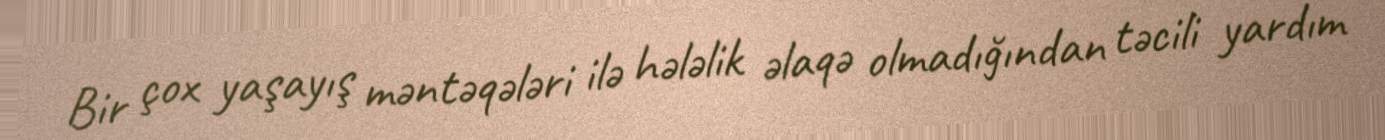
Bir çox yaşayış məntəqələri ilə hələlik əlaqə olmadığından təcili yardım